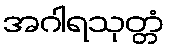
အဂါရသုတ္တံ